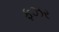
ફઝર